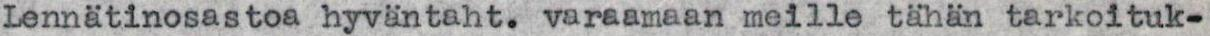
Lennätinosastoa hyväntaht. varaamaan meille tähän tarkoituk-